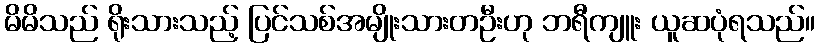
မိမိသည် ရိုးသားသည့် ပြင်သစ်အမျိုးသားတဦးဟု ဘရီကျူး ယူဆပုံရသည်။